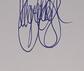
Signature authenticity: genuine